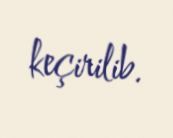
keçirilib.